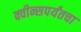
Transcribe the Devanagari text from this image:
क्वीन्सपर्यंतचा